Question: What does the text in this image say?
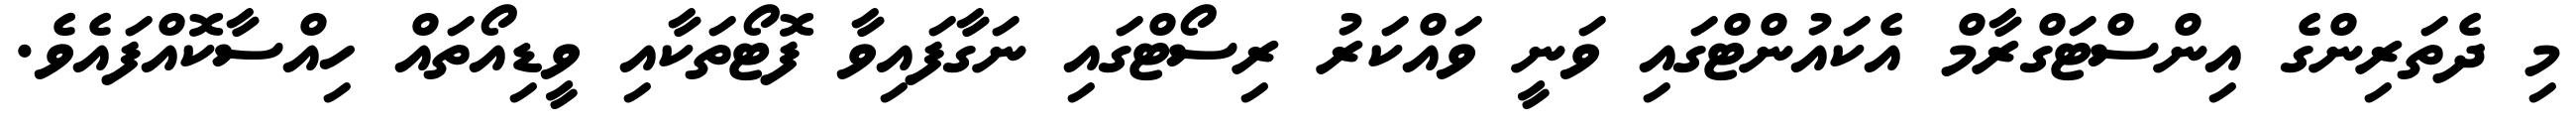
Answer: މި ދެތަރިންގެ އިންސްޓަގްރާމް އެކައުންޓްގައި ވަނީ ވައްކަރު ރިސޯޓްގައި ނަގާފައިވާ ފޮޓޯތަކާއި ވީޑިއޯތައް ހިއްސާކޮއްފައެވެ.